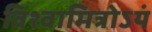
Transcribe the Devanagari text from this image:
विश्वामित्रोऽयं